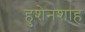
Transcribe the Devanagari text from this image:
हुशेनशाह